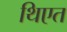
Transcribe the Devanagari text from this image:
थिएत